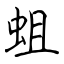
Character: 蛆